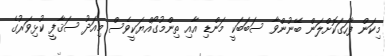
މިކަން ފާހަގަކޮށްލަން ބޭނުންވާ ސަބަބަކީ މަންޑި އާއި ތިންމުގޯއްޔަކީވެސް މިއަދު ސަޤާފީ ކުޅިވަރުގެ